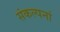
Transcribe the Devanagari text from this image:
संकल्पनां